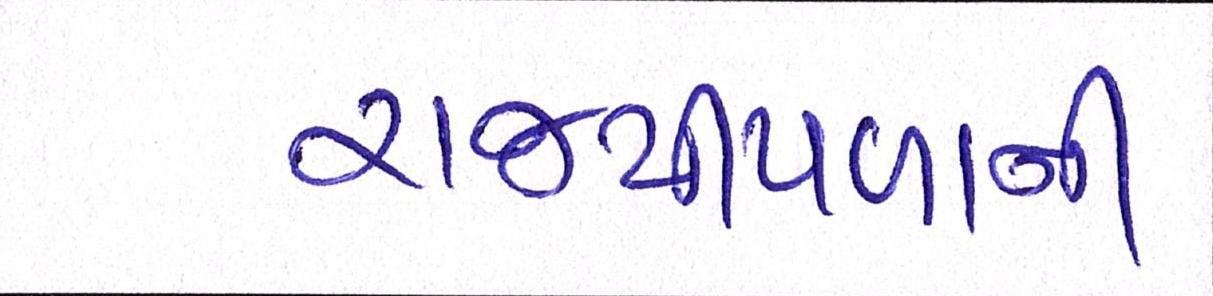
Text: રાજપીપળાની